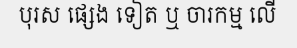
បុរស ផ្សេង ទៀត ឬ ចារកម្ម លើ